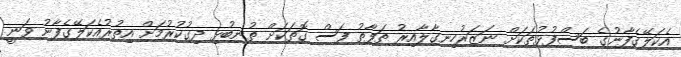
އެކަލޭގެފާނުގެ ބަސްފުޅުތަކަށް ނަޒަރުހިނގާލާއިރު ތަފާތު ފަސް ގޮތަކަށް ތުނބުޅި ދިގުކުރުމަށް އިތުރުއެކަލޭގެފާނު ވަނީ